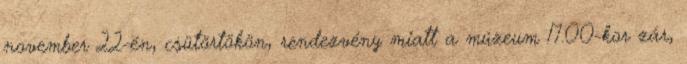
november 22-én, csütörtökön, rendezvény miatt a múzeum 17.00-kor zár,